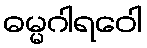
ဓမ္မဂါရဝေါ